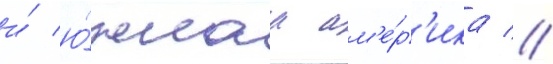
и́ ю́жнаа ам'е́р'ика //